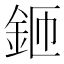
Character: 鉔